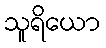
သူရိယော